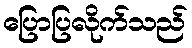
ပြောပြလိုက်သည်